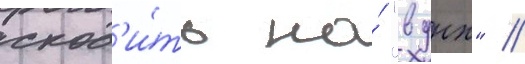
сход'и́ть на́ "вднх" //